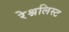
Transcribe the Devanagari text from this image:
रेश्नलिस्ट